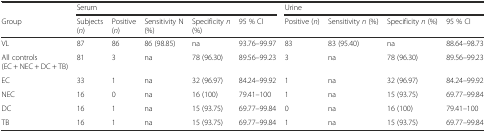
|  | <COLSPAN=5> Serum | <COLSPAN=4> Urine |
 | Group | Subjects (n) | Positive (n) | Sensitivity N (%) | Specificity n (%) | 95 % CI | Positive (n) | Sensitivity n (%) | Specificity n (%) | 95 % CI |
 | --- | --- | --- | --- | --- | --- | --- | --- | --- | --- |
 | VL | 87 | 86 | 86 (98.85) | na | 93.76–99.97 | 83 | 83 (95.40) | na | 88.64–98.73 |
 | All controls(EC + NEC + DC + TB) | 81 | 3 | na | 78 (96.30) | 89.56–99.23 | 3 | na | 78 (96.30) | 89.56–99.23 |
 | EC | 33 | 1 | na | 32 (96.97) | 84.24–99.92 | 1 | na | 32 (96.97) | 84.24–99.92 |
 | NEC | 16 | 0 | na | 16 (100) | 79.41–100 | 1 | na | 15 (93.75) | 69.77–99.84 |
 | DC | 16 | 1 | na | 15 (93.75) | 69.77–99.84 | 0 | na | 16 (100) | 79.41–100 |
 | TB | 16 | 1 | na | 15 (93.75) | 69.77–99.84 | 1 | na | 15 (93.75) | 69.77–99.84 |